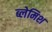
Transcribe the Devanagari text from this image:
ब्लेमिश